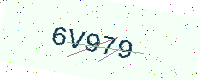
Text: 6V979